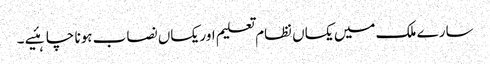
سارے ملک میں یکساں نظام تعلیم اور یکساں نصاب ہونا چاہئیے ۔